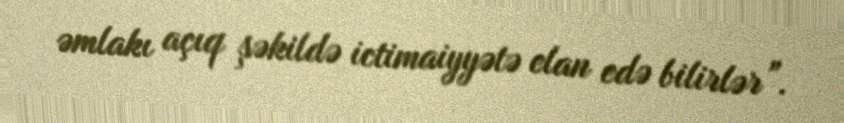
əmlakı açıq şəkildə ictimaiyyətə elan edə bilirlər”.